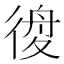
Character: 𢔃